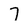
Character: 7